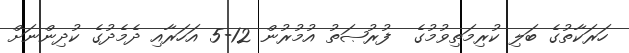
ހަރަކާތުގެ ބަލި ކުރިމަތިވުމުގެ  ފުރުޞަތު އުމުރުން 12-5 އަހަރާއި ދެމެދުގެ ކުދިންނަށް